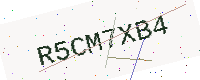
Text: R5CM7XB4